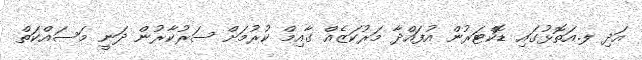
އަދި ލ.އަތޮޅުގައި ޑޮކްޓަރުން އުފައްދާ މަރުކަޒެއް ގާއިމް ކުރުމަށް ސަރުކާރުން ދަނީ މަސައްކަތް